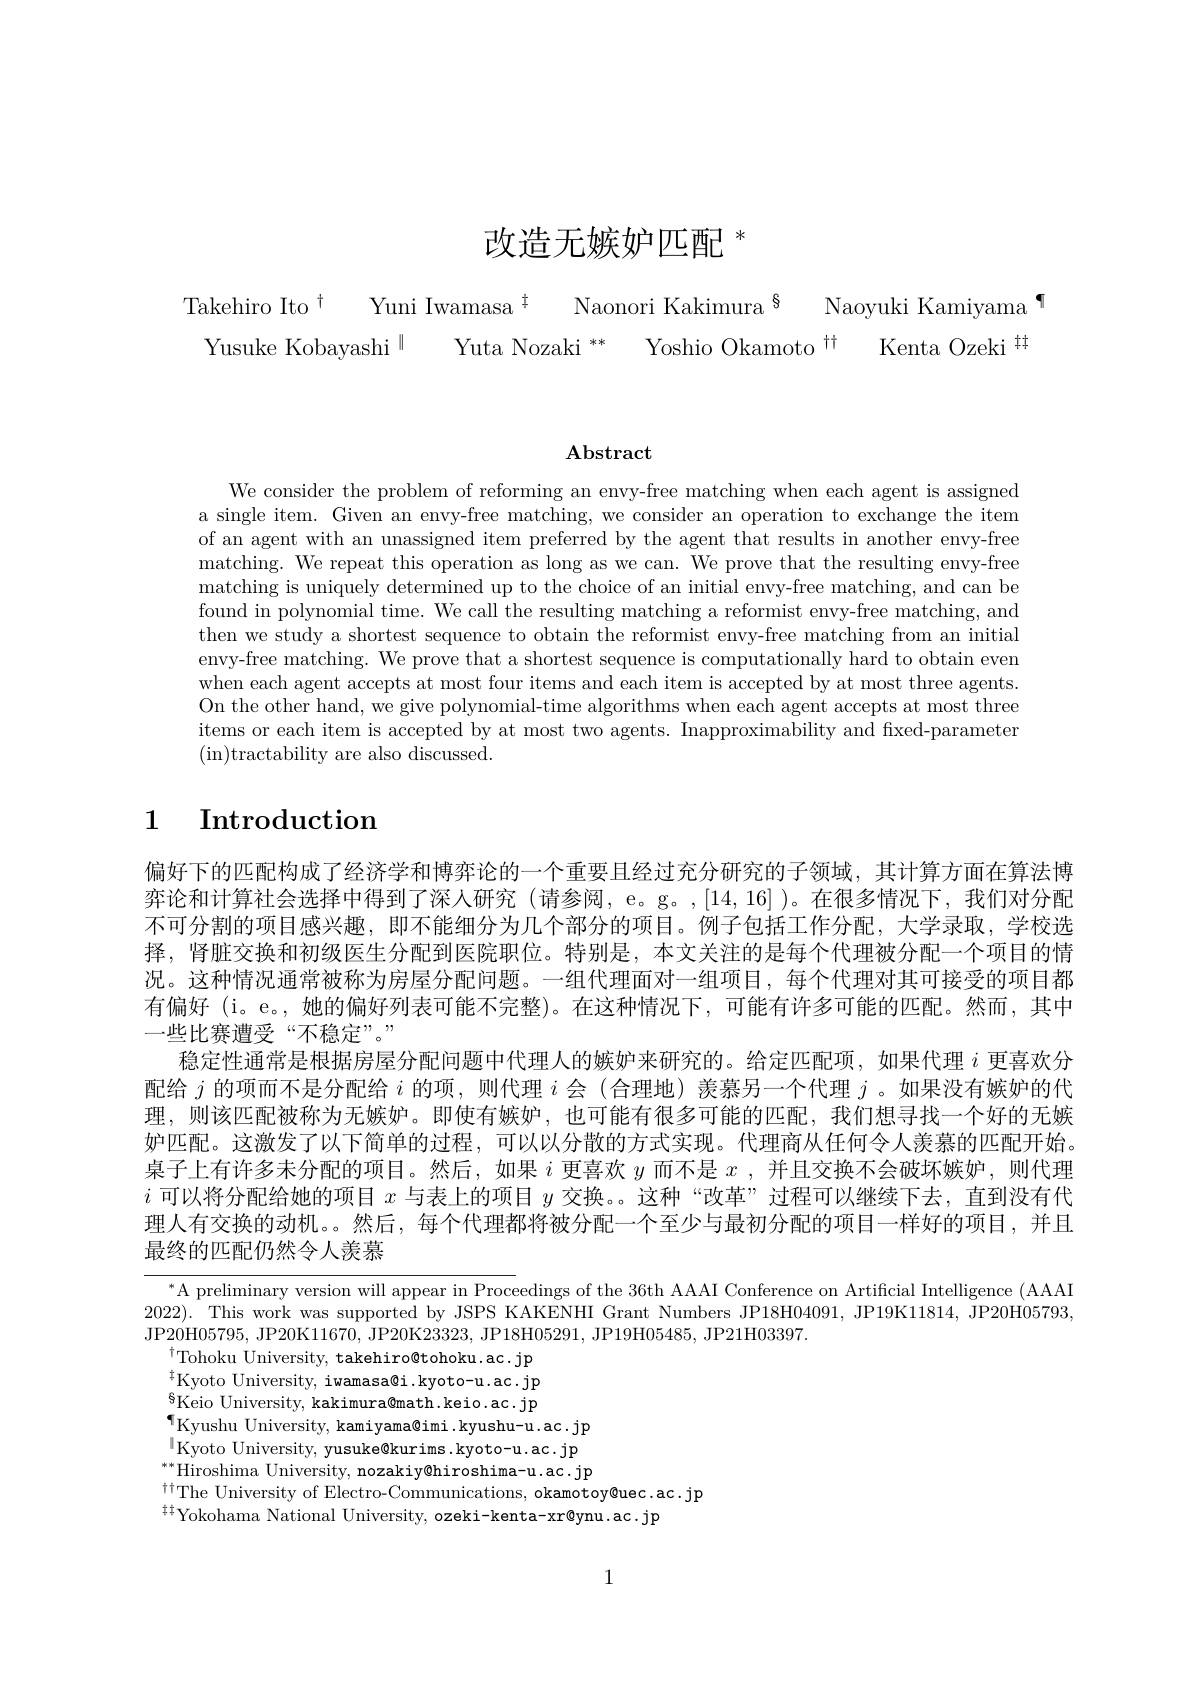
改造无嫉妒匹配$^*$

Takehiro Ito$^{\dagger}$ Yuni Iwamasa$^{\dagger}$ Naonori Kakimura$^{\S}$ Naoyuki Kamiyama$^{\P}$
Yusuke Kobayashi$^{\parallel}$ Yuta Nozaki $^{\ast\ast}$ Yoshio Okamoto$^{\dagger\dagger}$ Kenta Ozeki$^{[\mathrm{t}]}$

$\mathbf{Abstract}$

We consider the problem of reforming an envy-free matching when each agent is assigned a single item. Given an envy-free matching, we consider an operation to exchange the item of an agent with an unassigned item preferred by the agent that results in another envy-free matching. We repeat this operation as long as we can. We prove that the resulting envy-free matching is uniquely determined up to the choice of an initial envy-free matching, and can be found in polynomial time. We call the resulting matching a reformist envy-free matching, and then we study a shortest sequence to obtain the reformist envy-free matching from an initial envy-free matching. We prove that a shortest sequence is computationally hard to obtain even when each agent accepts at most four items and each item is accepted by at most three agents. On the other hand, we give polynomial-time algorithms when each accepts at most three items or each item is accepted by at most two agents. Inapproximability and fixed-parameter (in)tractability are also discussed.

# 1 Introduction

偏好下的匹配构成了经济学和博弈论的一个重要且经过充分研究的子领域，其计算方面在算法博弈论和计算社会选择中得到了深人研究(请参阅，e。g。,[14,16] )。在很多情况下，我们对分配不可分割的项目感兴趣，即不能细分为几个部分的项目。例子包括工作分配，大学录取，学校选择，肾脏交换和初级医生分配到医院职位。特别是，本文关注的是每个代理被分配一个项目的情况。这种情况通常被称为房屋分配问题。一组代理面对一组项目，每个代理对其可接受的项目都有偏好 (i。e。,她的偏好列表可能不完整)。在这种情况下，可能有许多可能的匹配。然而，其中一些比赛遭受“不稳定”。”
稳定性通常是根据房屋分配问题中代理人的嫉妒来研究的。给定匹配项，如果代理$i$更喜欢分配给$j$的项而不是分配给$i$的项，则代理$i$会(合理地) 羡慕另一个代理$j$ 。如果没有嫉妒的代理，则该匹配被称为无嫉妒。即使有嫉妒，也可能有很多可能的匹配，我们想寻找一个好的无嫉妒匹配。这激发了以下简单的过程，可以以分散的方式实现。代理商从任何令人羡慕的匹配开始。桌子上有许多未分配的项目。然后，如果$i$更喜欢$y$而不是$x$,并且交换不会破坏嫉妒，则代理$i$可以将分配给她的项目$x$与表上的项目$y$交换。。这种“改革”过程可以继续下去，直到没有代理人有交换的动机。。然后，每个代理都将被分配一个至少与最初分配的项目一样好的项目，并且最终的匹配仍然令人羡慕

$^{*}$A preliminary version will appear in Proceedings of the 36th AAAI Conference on Artificial Intelligence (AAAAI 2022). This work was supported by JSPS KAKENHI Grant Numbers JP18H04091, JP19K11814, JP20H05793, JP20H05795, JP20K11670, JP20K23323, JP18H05291, JP19H05485, JP21H03397.
$^{\dagger}$Tohoku University, takehiro@tohoku.ac.jp $^{\ddagger}$Kyoto University, iwamasa@i.kyoto-u.ac.jp $^{6}$Keio University, kakimura@math.keio.ac.jp $^{\P}$Kyushu University, kamiyama@imi.kyushu-u.ac.jp $^{|}$Kyoto University, yusuke@kurims.kyoto-u.ac.jp $^{**}$Hiroshima University, nozakiy@hiroshima-u.ac.jp $^{\dagger\dagger}$The University of Electro-Communications, okamotoy@uec.ac.jp
$^{\dagger\dagger}$Yokohama National University, ozeki-kenta-xr@ynu.ac.jp

1